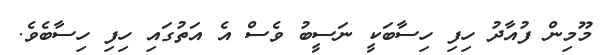
މޫމިން ފުއާދު ހިފި ހިސާބަކީ ނަސީބު ވެސް އެ އަތުގައި ހިފި ހިސާބެވެ.